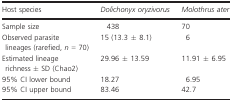
<table><thead><tr><td><b>Host species</b></td><td><b><i>Dolichonyx oryzivorus</i></b></td><td><b><i>Molothrus ater</i></b></td></tr></thead><tbody><tr><td>Sample size</td><td>438</td><td>70</td></tr><tr><td>Observed parasite lineages (rarefied, <i>n</i> = 70)</td><td>15 (13.3 ± 8.1)</td><td>6</td></tr><tr><td>Estimated lineage richness ± SD (Chao2)</td><td>29.96 ± 13.59</td><td>11.91 ± 6.95</td></tr><tr><td>95% CI lower bound</td><td>18.27</td><td>6.95</td></tr><tr><td>95% CI upper bound</td><td>83.46</td><td>42.7</td></tr></tbody></table>